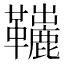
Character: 𩍽